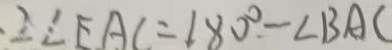
\cdot 2 \angle E A C = 1 8 0 ^ { \circ } - \angle B A C